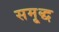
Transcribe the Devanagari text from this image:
समृ्द्ध